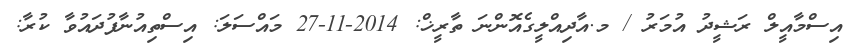
އިސްމާއީލް ރަޝީދު އުމަރު / މ.އާދިއްލީގެއޮންނަ ތާރީޚް: 2014-11-27 މައްސަލަ: އިސްތިއުނާފުދައުވާ ކުރާ: